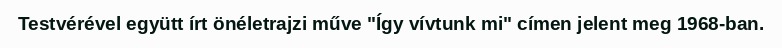
Testvérével együtt írt önéletrajzi műve "Így vívtunk mi" címen jelent meg 1968-ban.